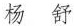
杨 舒